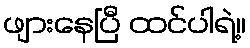
ဖျားနေပြီ ထင်ပါရဲ့။